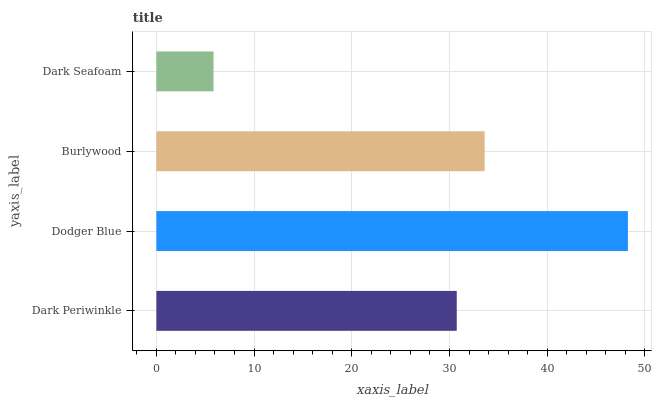
| yaxis_label | bars |
 | --- | --- |
 | Dark Periwinkle | 30.7 |
 | Dodger Blue | 48.3 |
 | Burlywood | 33.6 |
 | Dark Seafoam | 5.85 |